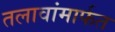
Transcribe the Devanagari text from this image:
तलावांमार्फत